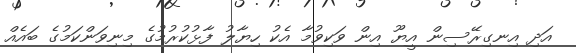
އަދި އިނގިރޭސިން އީޔޫ އިން ވަކިވުމާ އެކު ހިޔާލު ފާޅުކުރުމުގެ މިނިވަންކަމުގެ ބައެއް